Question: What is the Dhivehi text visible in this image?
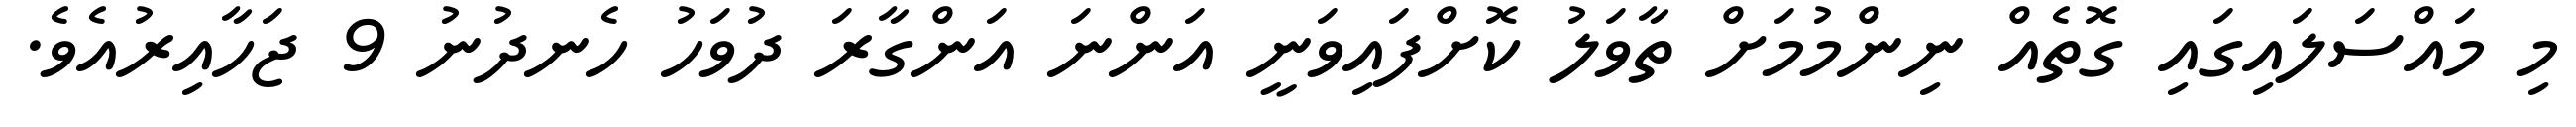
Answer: މި މައްސަލައިގައި ގޮތެއް ނިންމުމަށް ތާވަލު ކޮށްފައިވަނީ އަންނަ އަންގާރަ ދުވަހު ހެނދުނު 9 ޖަހާއިރުއެވެ.